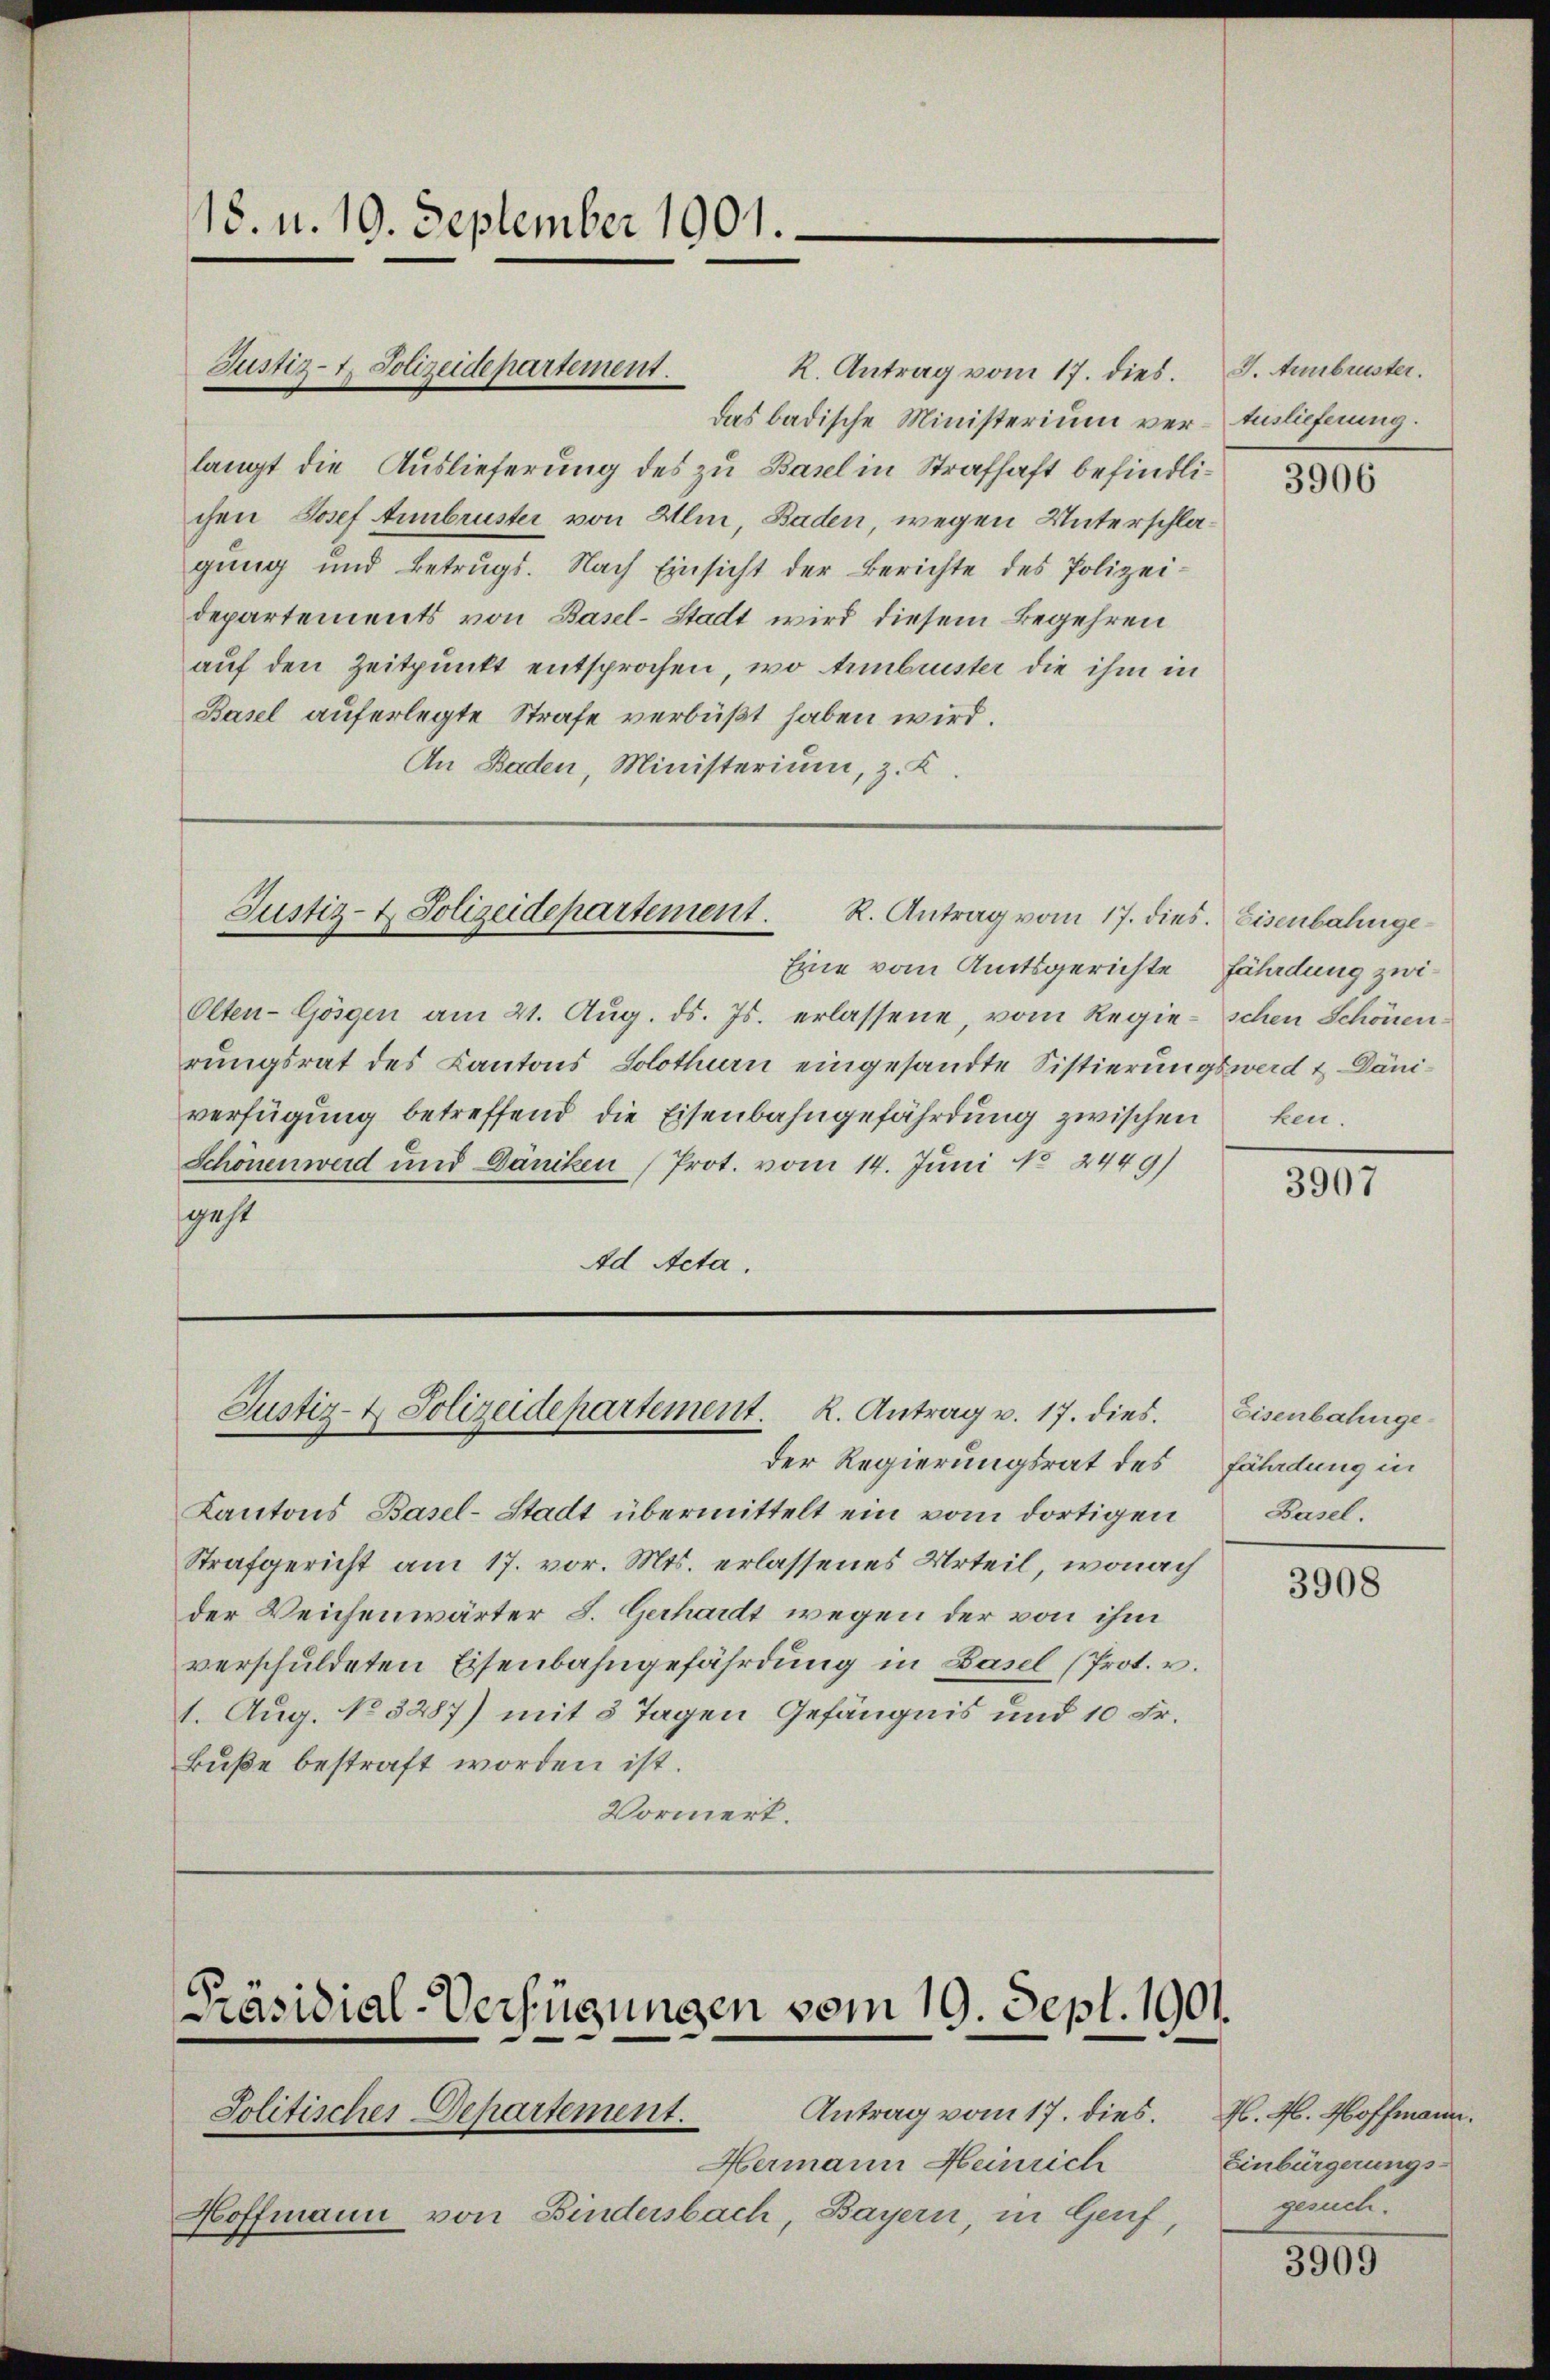
18. u. 19. September 1901.

Justiz-t. Polizeidepartement.

Justiz- & Polizeidepartement. R. Antrag vom 17. dies. Eisenbahnge¬

Olten-Gösgen am 21. Aŭg. ds. Js. erlassene, vom Regie-schen Schönen:
rungsrat des Kantons Solothurn eingesandte Sistierungswerd & Däniverfügung betreffend die Eisenbahngefährdung zwischen
Schönen werd und Däniken (Prot. vom 14. Juni No 2449)
sgest
Ad Acta.

Justiz- & Polizeidepartement. K. Antrag v. 17. dies

R. Antrag vom 17. dies.
das badische Ministerium verlangt die Auslieferung des zu Basel in Strafhaft befindlichen Josef Annbruster von Alm, Baden wegen Unterschlagung und Betrugs. Nach Einsicht der Berichte des Polizeidepartements von Basel-Stadt wird diesem Begehren
auf den Zeitpunkt entsprochen, wo Armbrister die ihm in
Basel auferlegte Strafe verbüßt haben wird.
An Baden, Ministerium, z. K.

Eine vom Amtsgerichte Fährdung zwi¬

Der Regierungsrat des
Kantons Basel-Stadt übermittelt ein vom dortigen
Strafgericht am 17. vor. Mts. erlassenes Urteil, wonach
der Weichenwärter S. Gerhardt wegen der von ihm
verschuldeten Eisenbahngefährdung in Basel (Prot. v.
1. Aug. No 3287) mit 3 Tagen Gefängnis und 10 Fr.
Buße bestraft worden ist.
Vormerk.

Präsidial-Verfügungen vom 19. Sept. 1901.

Antrag vom 17. dies.
Hermann Heinrich
Hoffmann von Bindersbach, Bayern, in Genf,

Solitisches Departement.

J. Annbruster.
Auslieferung.

ken.

3906

3907

Eisenbahnge-
fährdung in
Basel.

3908

H. M. Hoffmann.
Einbürgerungsgesuch.

3909